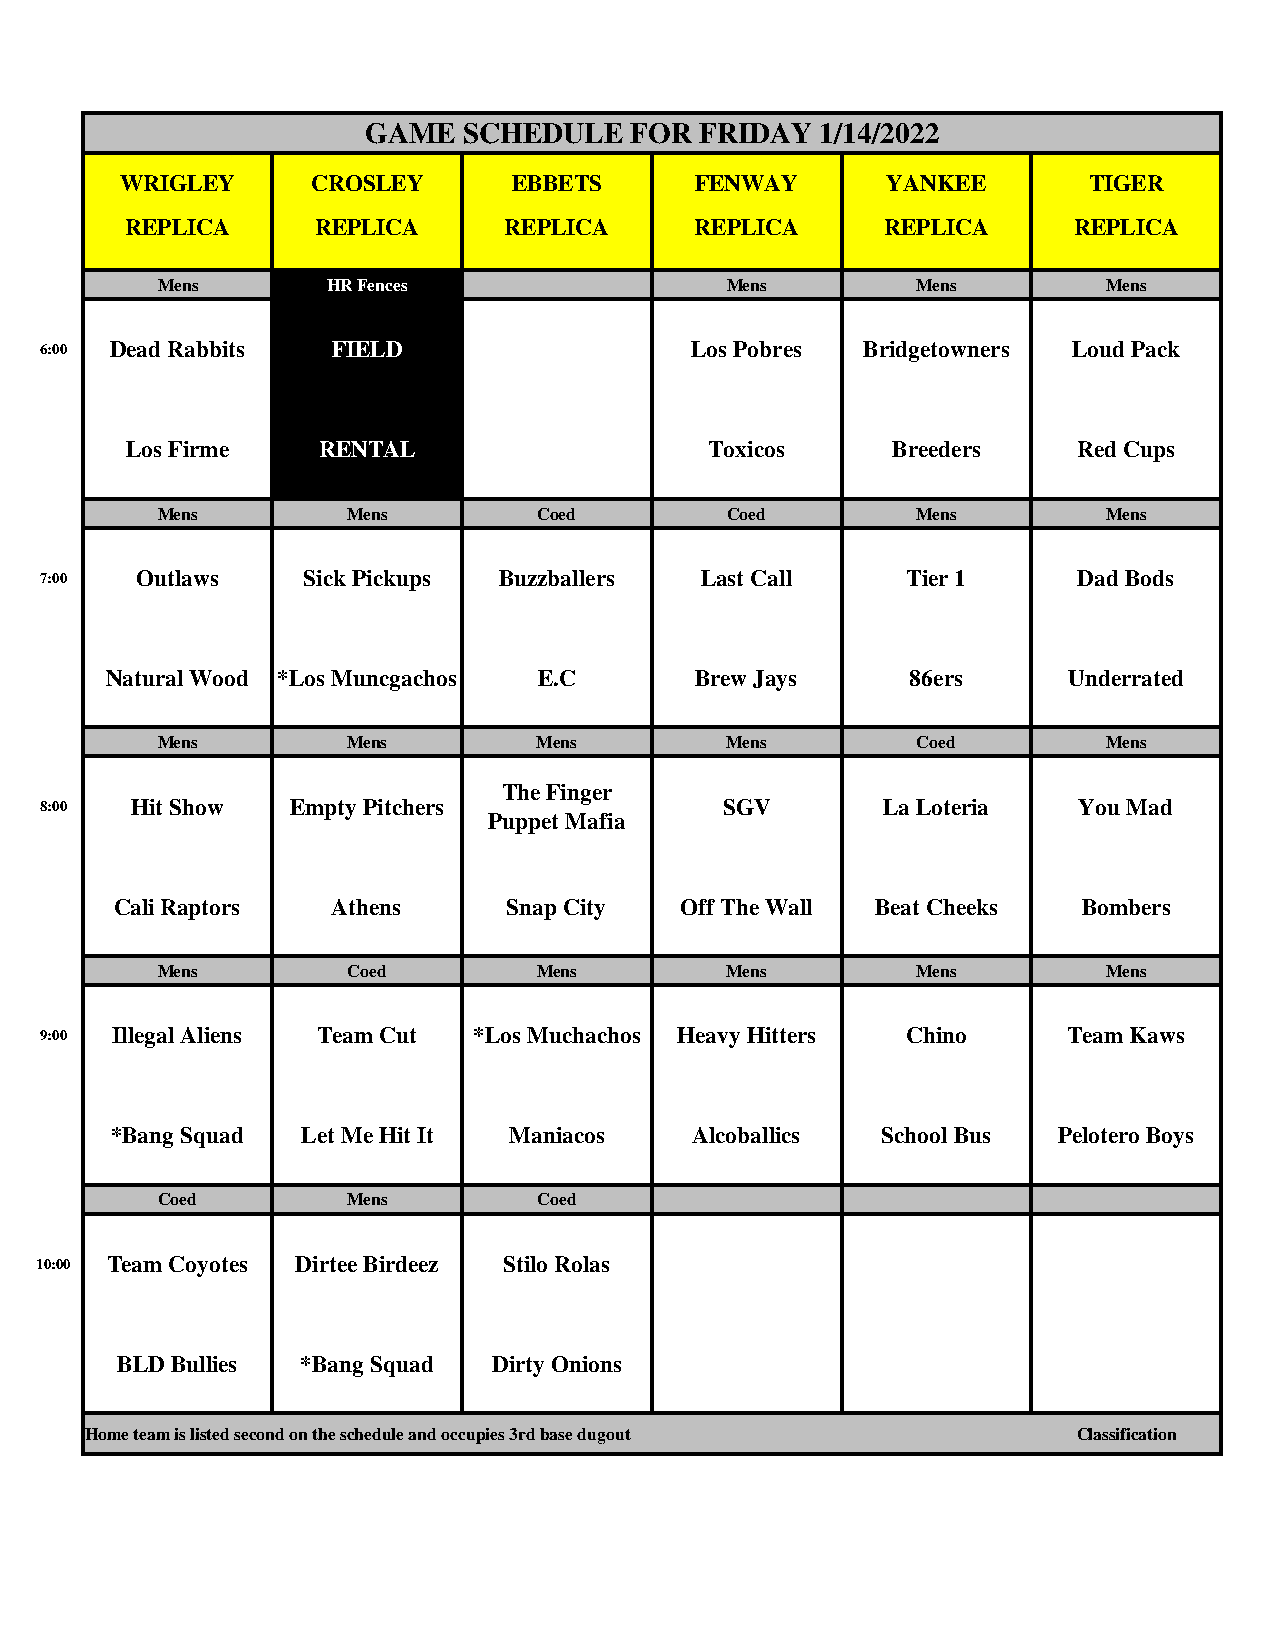
GAME   SCHEDULE   FOR FRIDAY  1/14/2022
 WRIGLEY      CROSLEY      EBBETS      FENWAY       YANKEE       TIGER
 REPLICA      REPLICA     REPLICA      REPLICA      REPLICA     REPLICA
 Mens        HR Fences                 Mens         Mens        Mens
 6:00 Dead Rabbits  FIELD                   Los Pobres Bridgetowners Loud Pack
 Los Firme    RENTAL                    Toxicos     Breeders    Red Cups
 Mens         Mens         Coed        Coed         Mens        Mens
 7:00  Outlaws    Sick Pickups Buzzballers  Last Call     Tier 1     Dad Bods
 Natural Wood *Los Muncgachos E.C       Brew Jays     86ers      Underrated
 Mens         Mens         Mens        Mens         Coed        Mens
 The Finger
 8:00  Hit Show  Empty Pitchers               SGV       La Loteria   You Mad
 Puppet Mafia
 Cali Raptors  Athens      Snap City  Off The Wall Beat Cheeks   Bombers
 Mens         Coed         Mens        Mens         Mens        Mens
 9:00 Illegal Aliens Team Cut *Los Muchachos Heavy Hitters Chino     Team Kaws
 *Bang Squad  Let Me Hit It Maniacos    Alcoballics School Bus  Pelotero Boys
 Coed         Mens         Coed
 10:00 Team Coyotes Dirtee Birdeez Stilo Rolas
 BLD Bullies *Bang Squad  Dirty Onions
 Home team is listed second on the schedule and occupies 3rd base dugout Classification